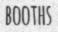
BOOTHS